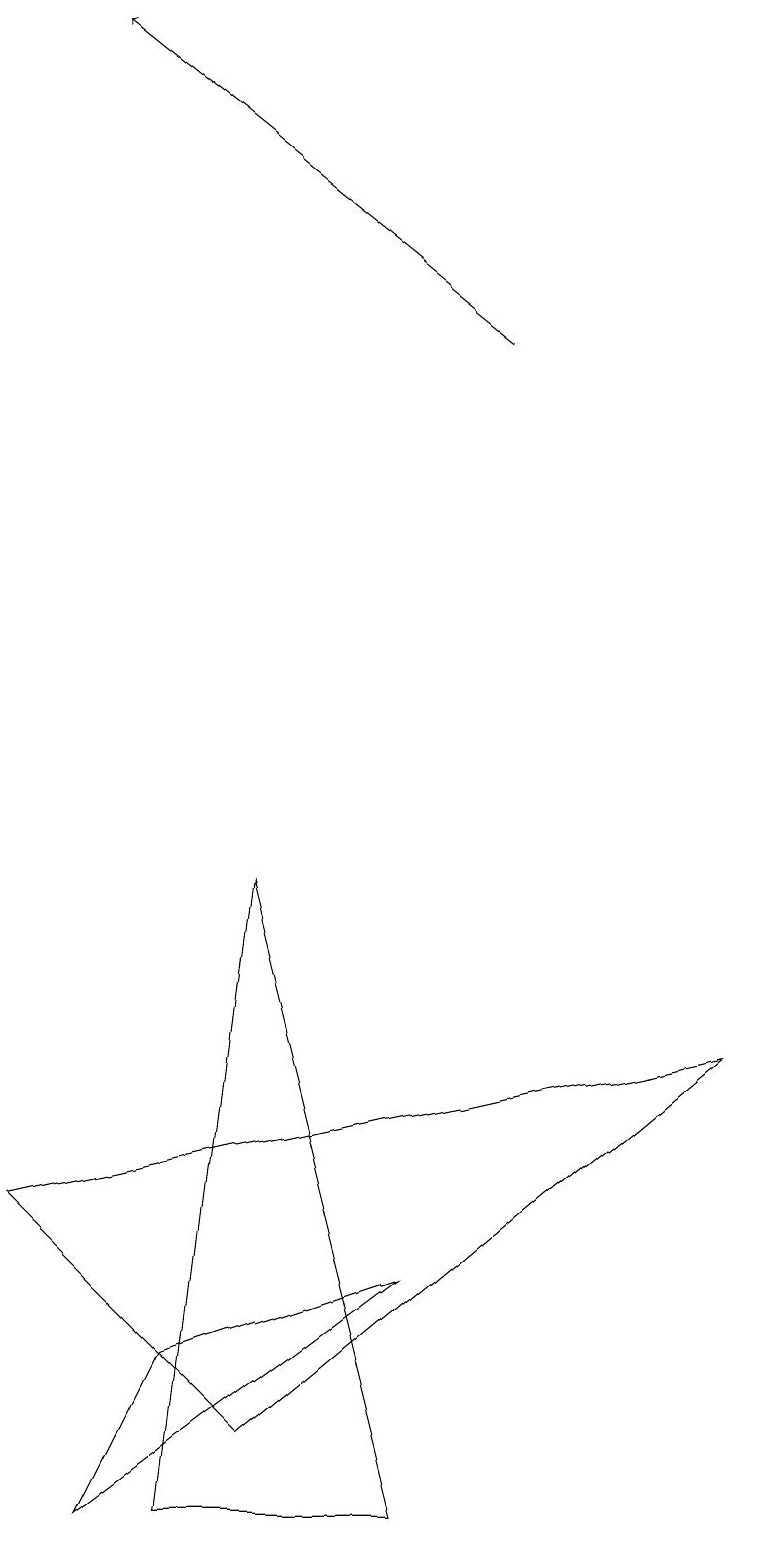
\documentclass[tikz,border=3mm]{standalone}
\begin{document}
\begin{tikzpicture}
\draw (3,8) -- (5,0) -- (2,0) -- cycle;
\draw (0,4) -- (9,6) -- (3,1) -- cycle;
\draw[->] (6,15) -- (1,19);
\draw (1,0) -- (2,2) -- (5,3) -- cycle;
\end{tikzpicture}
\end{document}